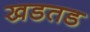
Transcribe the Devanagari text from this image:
खडतड